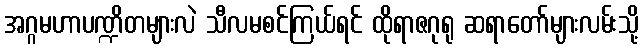
အဂ္ဂမဟာပဏ္ဍိတများလဲ သီလမစင်ကြယ်ရင် ထိုရာဇဂုရု ဆရာတော်များလမ်းသို့